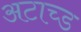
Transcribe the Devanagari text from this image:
अटाच्ड